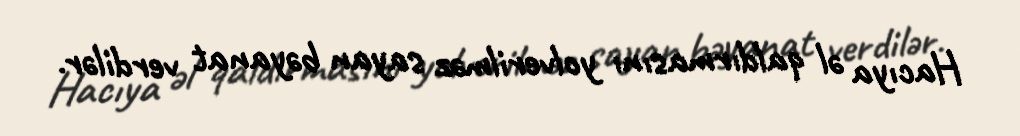
Hacıya əl qaldırmasını yolverilməz sayan bəyanat verdilər.